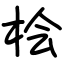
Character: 桧